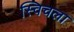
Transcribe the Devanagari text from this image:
स्विचला